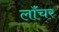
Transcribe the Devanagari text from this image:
लॉंचर